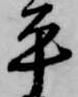
平